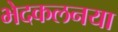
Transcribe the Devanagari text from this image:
भेदकलनया